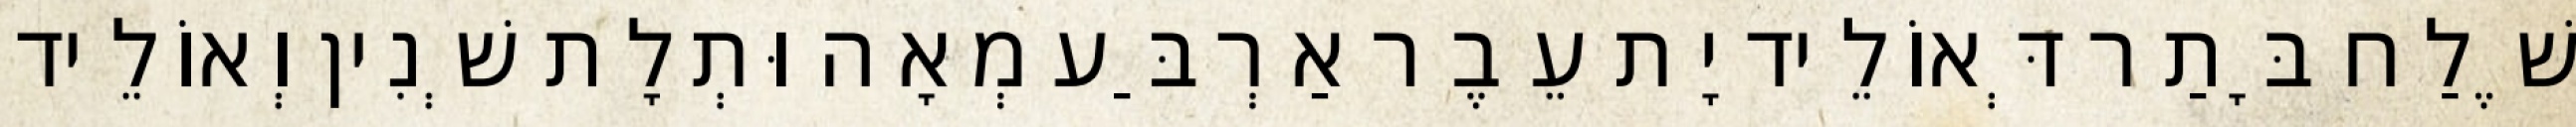
שֶׁלַח בָּתַר דְּאוֹלֵיד יָת עֵבֶר אַרְבַּע מְאָה וּתְלָת שְׁנִין וְאוֹלֵיד